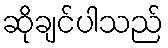
ဆိုချင်ပါသည်